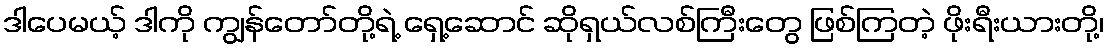
ဒါပေမယ့် ဒါကို ကျွန်တော်တို့ရဲ့ ရှေ့ဆောင် ဆိုရှယ်လစ်ကြီးတွေ ဖြစ်ကြတဲ့ ဖိုးရီးယားတို့၊